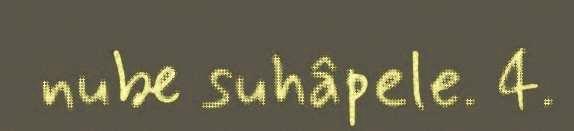
nube suhâpele. 4.